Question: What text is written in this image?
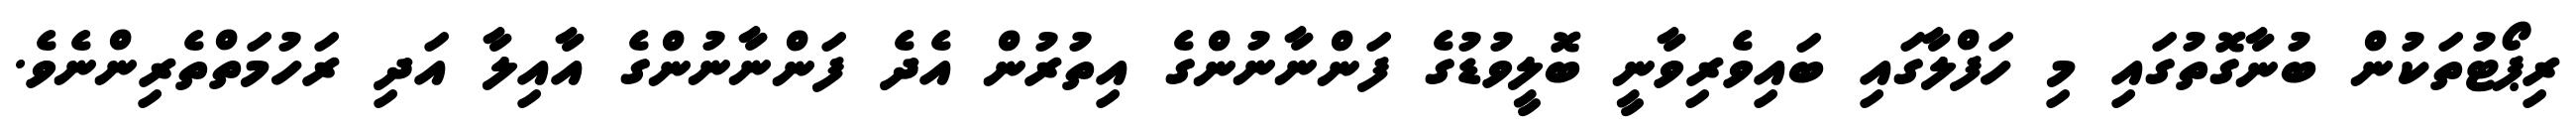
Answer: ރިޕޯޓުތަކުން ބުނާގޮތުގައި މި ހަފްލާގައި ބައިވެރިވާނީ ބޮލީވުޑުގެ ފަންނާނުންގެ އިތުރުން އެދެ ފަންނާނުންގެ އާއިލާ އަދި ރަހުމަތްތެރިންނެވެ.